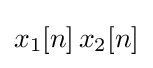
x_{1}[n]\,x_{2}[n]